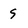
Character: S